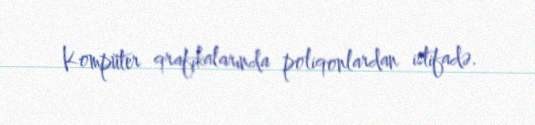
Kompüter qrafikalarında poliqonlardan istifadə.